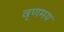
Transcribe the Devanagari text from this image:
वृणमय